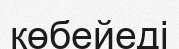
көбейеді